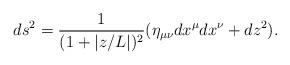
LaTeX: \begin{align*}ds^2 = \frac{1}{(1 + |z/L|)^2} (\eta_{\mu \nu} dx^\mu dx^\nu + dz^2).\end{align*}